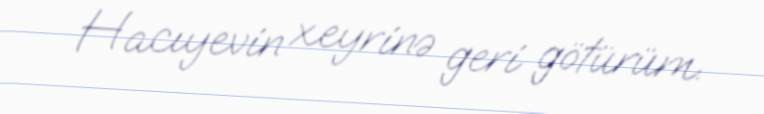
Hacıyevin xeyrinə geri götürüm.